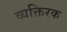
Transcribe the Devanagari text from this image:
व्यक्तिरक